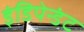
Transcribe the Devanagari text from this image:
इंडिपेन्डंट